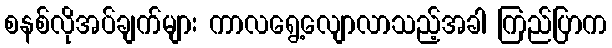
စနစ်လိုအပ်ချက်များ ကာလရွေ့လျောလာသည့်အခါ ကြည်ပြာက